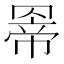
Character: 𮊊